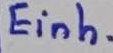
Text: Einh.